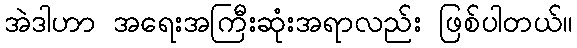
အဲဒါဟာ အရေးအကြီးဆုံးအရာလည်း ဖြစ်ပါတယ်။